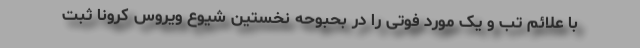
با علائم تب و یک مورد فوتی را در بحبوحه نخستین شیوع ویروس کرونا ثبت